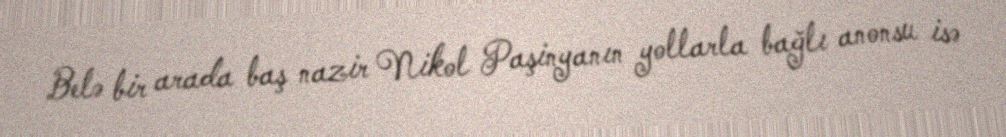
Belə bir arada baş nazir Nikol Paşinyanın yollarla bağlı anonsu isə